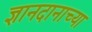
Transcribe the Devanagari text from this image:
ज्ञानदानाच्या